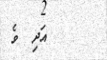
٥٣      އަދި  ވެ